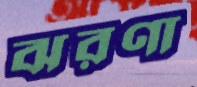
ঝরণা